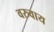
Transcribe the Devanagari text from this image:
वरुवाय